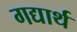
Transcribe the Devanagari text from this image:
गद्यार्थ